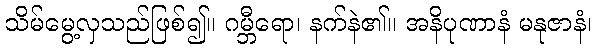
သိမ်မွေ့လှသည်ဖြစ်၍။ ဂမ္ဘီရော၊ နက်နဲ၏။ အနိပုဏာနံ မနုဇာနံ၊